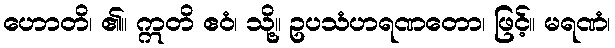
ဟောတိ၊ ၏။ ဣတိ ဧဝံ၊ သို့။ ဥပသံဟရဏတော၊ ဖြင့်။ မရဏံ၊